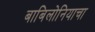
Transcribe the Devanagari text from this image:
बाबिलोनियाचा